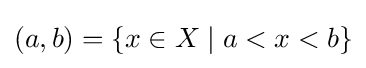
(a,b)=\{x\in X\mid a<x<b\}